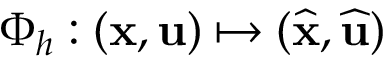
\Phi _ { h } : ( \mathbf { x } , \mathbf { u } ) \mapsto ( \widehat \mathbf { x } , \widehat \mathbf { u } )